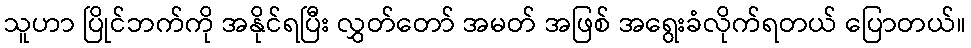
သူဟာ ပြိုင်ဘက်ကို အနိုင်ရပြီး လွှတ်တော် အမတ် အဖြစ် အရွေးခံလိုက်ရတယ် ပြောတယ်။